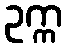
ဥက္က